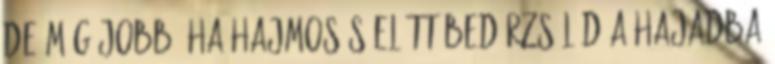
de még jobb, ha hajmosás előtt bedörzsölöd a hajadba